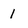
Character: 1